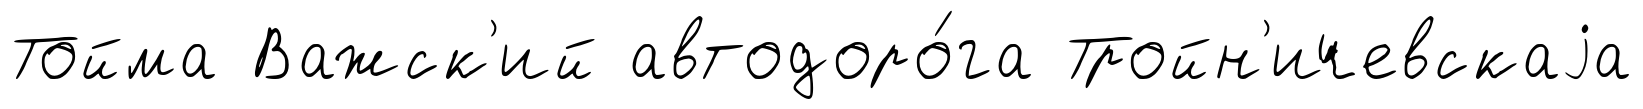
Тойма Важск'ий автодоро́га Тройн'ичевскаjа